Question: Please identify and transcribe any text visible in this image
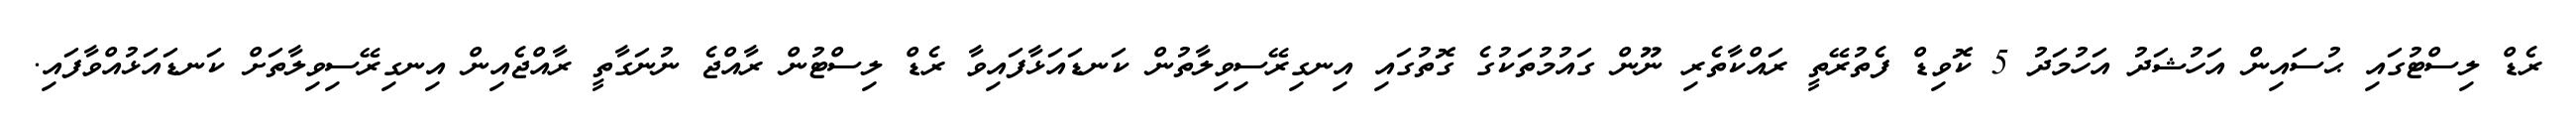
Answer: ރެޑް ލިސްޓުގައި ޙުސައިން އަހުޝަދު އަހުމަދު 5 ކޮވިޑް ފެތުރޭތީ ރައްކާތެރި ނޫން ގައުމުތަކުގެ ގޮތުގައި އިނގިރޭސިވިލާތުން ކަނޑައަޅާފައިވާ ރެޑް ލިސްޓުން ރާއްޖެ ނުނަގާތީ ރާއްޖެއިން އިނގިރޭސިވިލާތަށް ކަނޑައަޅުއްވާފައި.